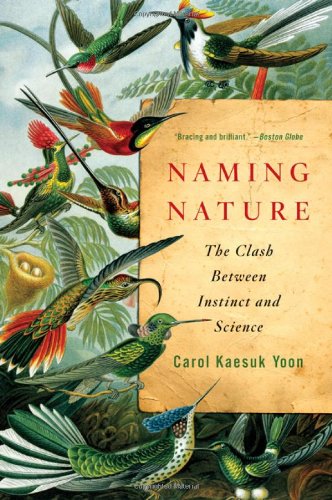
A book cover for Naming Nature: The Clash Between Instinct and Science; Carol Kaesuk Yoon; Science & Math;